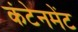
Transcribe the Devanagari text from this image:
कंटेनमेंट